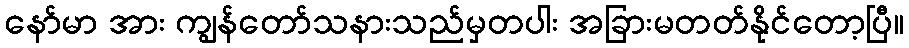
နော်မာ အား ကျွန်တော်သနားသည်မှတပါး အခြားမတတ်နိုင်တော့ပြီ။